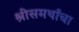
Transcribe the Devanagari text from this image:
श्रीसमर्थांचा